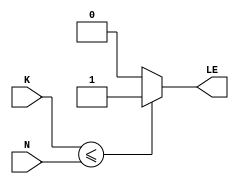
module compNPO(input [7:0] K, N, output LE);
	assign LE = K<=N ? 1'b1 : 1'b0;
endmodule